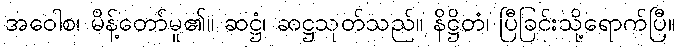
အဝေါစ၊ မိန့်တော်မူ၏။ ဆဋ္ဌံ၊ ဆဋ္ဌသုတ်သည်။ နိဋ္ဌိတံ၊ ပြီခြင်းသို့ရောက်ပြီ။